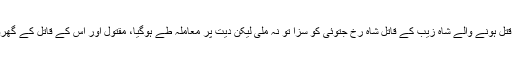
25دسمبر 2012میں قتل ہونے والے شاہ زیب کے قاتل شاہ رخ جتوئی کو سزا تو نہ ملی لیکن دیت پر معاملہ طے ہوگیا، مقتول اور اس کے قاتل کے گھروالوں میں صلح ہوگئی۔